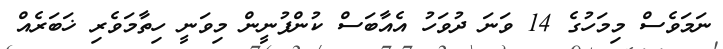
ނަމަވެސް މިމަހުގެ 14 ވަނަ ދުވަހު އެއާބަސް ކުންފުނީން މިވަނީ ހިތާމަވެރި ޚަބަރެއް